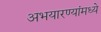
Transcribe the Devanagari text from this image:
अभयारण्यांमध्ये